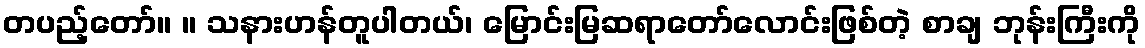
တပည့်တော်။ ။ သနားဟန်တူပါတယ်၊ မြောင်းမြဆရာတော်လောင်းဖြစ်တဲ့ စာချ ဘုန်းကြီးကို